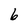
Character: 6